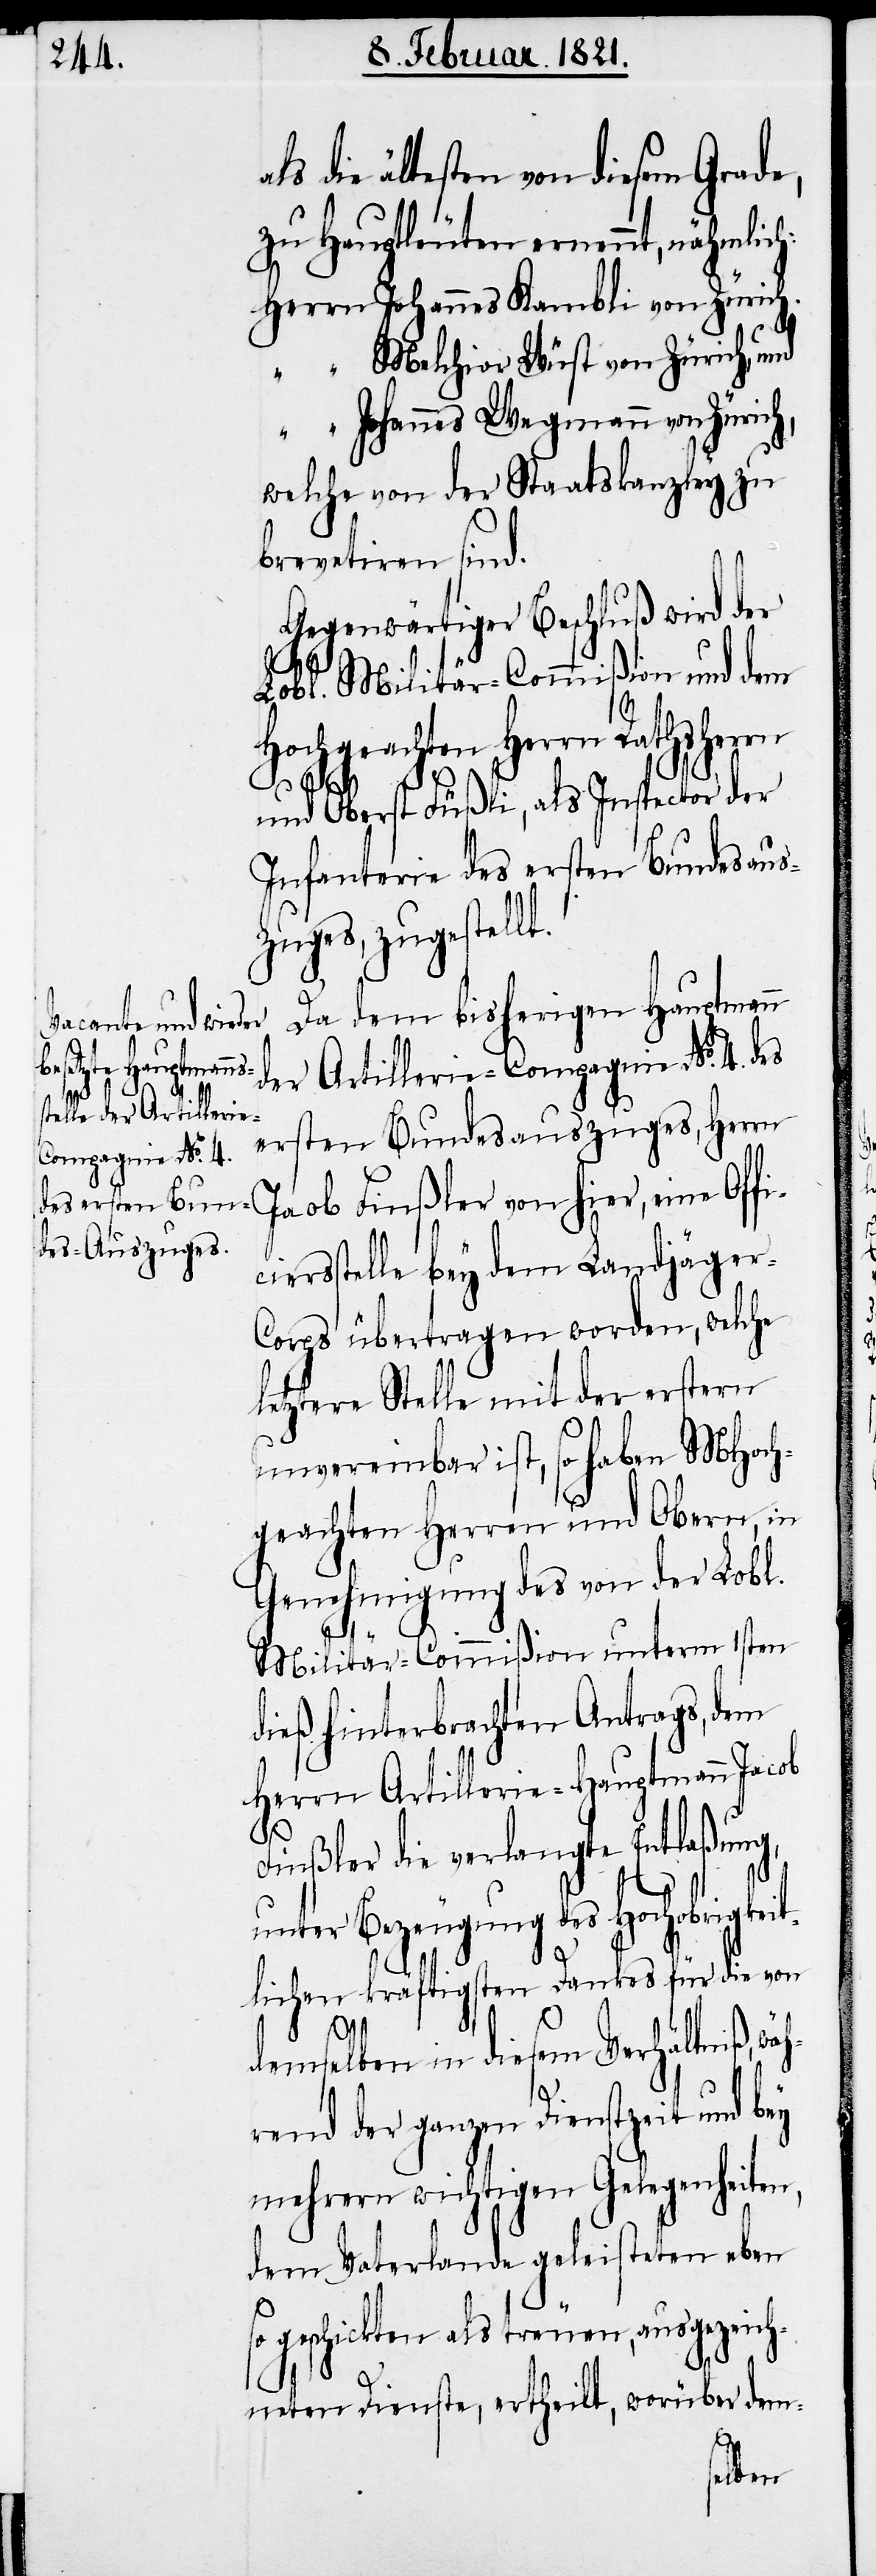
als

die ältesten von diesem Grade,
zu Hauptleuten ernennt, nähmlic¬
Herrn	Johannes Kambli von Züric¬
“	Melchior Wüst von Zürich, und
“	Johannes Wegmann von Züric¬
welche von der Staatskanzley zu
brevetiren sind.
Gegenwärtiger Beschluß wird der
fi¬
Lobl. Militär-Commißion und dem
Hochgeachten Herrn Rathsherrn
und Oberst Füßli, als Inspector der
Infanterie des ersten Bundesaus¬
zuges, zugestellt.
Da dem bisherigen Hauptmann
der Artillerie-Compagnie No. 4. des
ersten Bundesauszuges, Herrn
Jacob Finßler von hier, eine Of¬
ciersstelle bey dem Landjäger-C¬
orps übertragen worden, welche
letztere Stelle mit der erstern
unvereinbar ist, so haben MHoch¬
geachten Herren und Obern, in
Genehmigung des von der Lobl.
Militär-Commißion unterm 1sten
dieß hinterbrachten Antrags, dem
Herrn Artillerie-Hauptmann Jacob
Finßler die verlangte Entlaßung,
unter Bezeugung des Hochobrigke¬
itlichen kräftigsten Dankes für die von
demselben in diesem Verhältniß, wäh¬
rend der ganzen Dienstzeit und bey
mehrern wichtigen Gelegenheiten,
dem Vaterlande geleisteten eben
so geschickten als treuen, ausgezeich¬
neten Dienste, ertheilt, worüber dem-